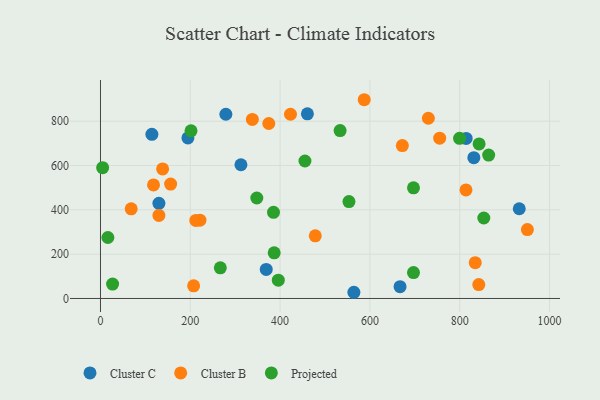
{"axis": {"x": "Study Hours", "y": "Profit"}, "legend": ["Cluster B", "Cluster C", "Projected"], "data": [{"x": "814.3", "y": 722.4, "type": "Cluster C"}, {"x": "279.2", "y": 831.4, "type": "Cluster C"}, {"x": "831.4", "y": 635.5, "type": "Cluster C"}, {"x": "194.7", "y": 724.4, "type": "Cluster C"}, {"x": "312.8", "y": 603.6, "type": "Cluster C"}, {"x": "564.3", "y": 28.0, "type": "Cluster C"}, {"x": "114.5", "y": 740.9, "type": "Cluster C"}, {"x": "932.5", "y": 404.9, "type": "Cluster C"}, {"x": "667.1", "y": 53.4, "type": "Cluster C"}, {"x": "130.1", "y": 429.5, "type": "Cluster C"}, {"x": "460.8", "y": 833.4, "type": "Cluster C"}, {"x": "369.1", "y": 131.2, "type": "Cluster C"}, {"x": "587.3", "y": 897.0, "type": "Cluster B"}, {"x": "834.5", "y": 161.4, "type": "Cluster B"}, {"x": "423.1", "y": 831.4, "type": "Cluster B"}, {"x": "842.4", "y": 62.9, "type": "Cluster B"}, {"x": "338.2", "y": 808.2, "type": "Cluster B"}, {"x": "374.8", "y": 789.6, "type": "Cluster B"}, {"x": "212.3", "y": 352.4, "type": "Cluster B"}, {"x": "138.4", "y": 584.8, "type": "Cluster B"}, {"x": "478.3", "y": 282.8, "type": "Cluster B"}, {"x": "130.1", "y": 374.8, "type": "Cluster B"}, {"x": "207.4", "y": 57.3, "type": "Cluster B"}, {"x": "755.3", "y": 723.6, "type": "Cluster B"}, {"x": "950.6", "y": 310.9, "type": "Cluster B"}, {"x": "118.1", "y": 512.6, "type": "Cluster B"}, {"x": "68.4", "y": 404.5, "type": "Cluster B"}, {"x": "730.1", "y": 813.3, "type": "Cluster B"}, {"x": "221.5", "y": 353.6, "type": "Cluster B"}, {"x": "672.2", "y": 689.9, "type": "Cluster B"}, {"x": "813.9", "y": 489.7, "type": "Cluster B"}, {"x": "156.2", "y": 516.3, "type": "Cluster B"}, {"x": "553.3", "y": 437.3, "type": "Projected"}, {"x": "697.0", "y": 499.2, "type": "Projected"}, {"x": "533.6", "y": 757.6, "type": "Projected"}, {"x": "843.1", "y": 697.7, "type": "Projected"}, {"x": "386.8", "y": 206.0, "type": "Projected"}, {"x": "16.5", "y": 275.3, "type": "Projected"}, {"x": "455.3", "y": 620.5, "type": "Projected"}, {"x": "27.0", "y": 65.0, "type": "Projected"}, {"x": "853.6", "y": 363.3, "type": "Projected"}, {"x": "348.1", "y": 453.4, "type": "Projected"}, {"x": "266.9", "y": 138.3, "type": "Projected"}, {"x": "864.4", "y": 647.2, "type": "Projected"}, {"x": "4.8", "y": 590.5, "type": "Projected"}, {"x": "396.0", "y": 82.6, "type": "Projected"}, {"x": "697.0", "y": 116.9, "type": "Projected"}, {"x": "201.6", "y": 756.8, "type": "Projected"}, {"x": "799.6", "y": 722.9, "type": "Projected"}, {"x": "385.3", "y": 388.8, "type": "Projected"}]}